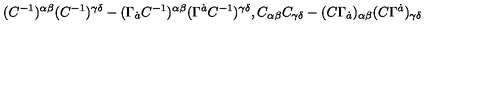
( C ^ { - 1 } ) ^ { \alpha \beta } ( C ^ { - 1 } ) ^ { \gamma \delta } - ( \Gamma _ { \dot { a } } C ^ { - 1 } ) ^ { \alpha \beta } ( \Gamma ^ { \dot { a } } C ^ { - 1 } ) ^ { \gamma \delta } , C _ { \alpha \beta } C _ { \gamma \delta } - ( C \Gamma _ { \dot { a } } ) _ { \alpha \beta } ( C \Gamma ^ { \dot { a } } ) _ { \gamma \delta }